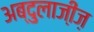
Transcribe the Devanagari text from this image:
अब्दुलाजी़ज़